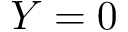
Y = 0